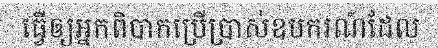
ធ្វើឲ្យអ្នកពិបាកប្រើប្រាស់ឧបករណ៍ដែល